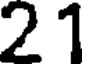
21